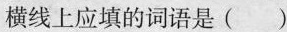
横线上应填的词语是()